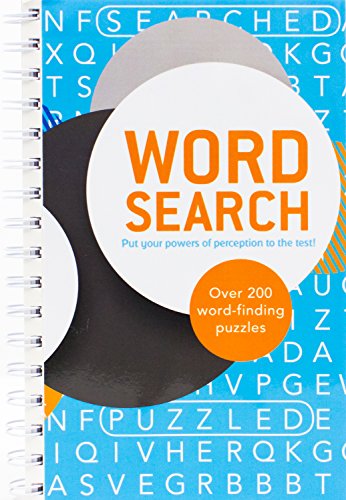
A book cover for Wordsearch (Ultimate Spiral Puzzles); Parragon Books; Humor & Entertainment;